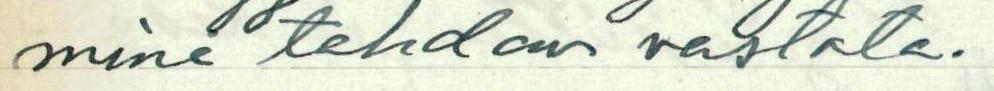
mine tehdon vastata.